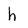
Character: h